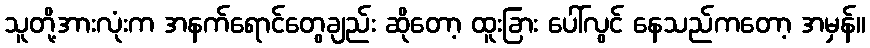
သူတို့အားလုံးက အနက်ရောင်တွေချည်း ဆိုတော့ ထူးခြား ပေါ်လွင် နေသည်ကတော့ အမှန်။